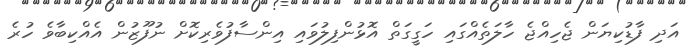
އަދި ފާޑުކިޔަން ޖެހިއްޖެ ހާލަތެއްގައި ހަގީގަތް އޮޅުންފިލުވައި އިންސާފުވެރިކޮށް ނުފޫޒުން އެއްކިބާވެ ހުރެ